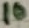
Text: 10